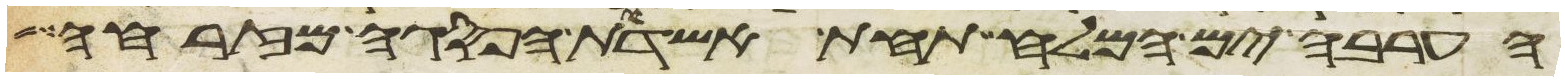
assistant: הערבה ים המלח תחת אשדות הפסגה מזרחה